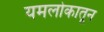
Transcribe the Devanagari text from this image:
यमलोकातून